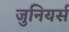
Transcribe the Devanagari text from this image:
जुनियर्स